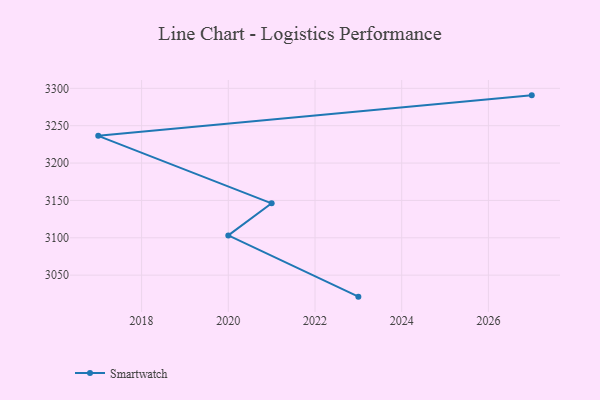
{"axis": {"x": "Year", "y": "LTV (USD)"}, "legend": ["Smartwatch"], "data": [{"x": "2027", "y": 3290.6, "type": "Smartwatch"}, {"x": "2017", "y": 3236.4, "type": "Smartwatch"}, {"x": "2021", "y": 3146.1, "type": "Smartwatch"}, {"x": "2020", "y": 3103.2, "type": "Smartwatch"}, {"x": "2023", "y": 3021.2, "type": "Smartwatch"}]}